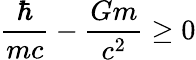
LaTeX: \frac{\hbar}{mc}-\frac{Gm}{c^{2}}\geq 0